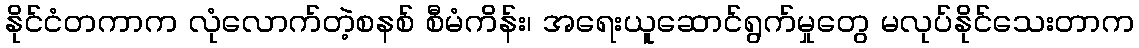
နိုင်ငံတကာက လုံလောက်တဲ့စနစ် စီမံကိန်း၊ အရေးယူဆောင်ရွက်မှုတွေ မလုပ်နိုင်သေးတာက